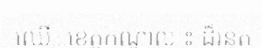
ឈើ...ខេត្តកណ្តាល ៖ ដ៏រន្ធត់